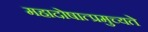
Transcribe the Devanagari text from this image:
महादोषात्प्रमुच्यते